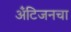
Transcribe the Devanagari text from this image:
अँटिजनचा